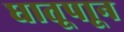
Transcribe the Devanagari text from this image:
धातूपाून